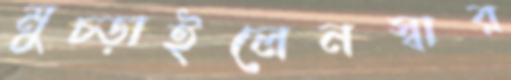
মুচ্‌ড়াইলেনস্বার